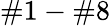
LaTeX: \# 1-\# 8